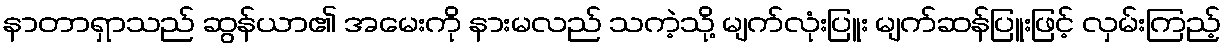
နာတာရှာသည် ဆွန်ယာ၏ အမေးကို နားမလည် သကဲ့သို့ မျက်လုံးပြူး မျက်ဆန်ပြူးဖြင့် လှမ်းကြည့်